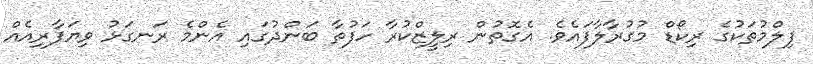
ފިލްމުތަކުގެ ރިކޯޑް މުގުރާލާފައެވެ. އެގޮތުން ރިލީޒްކުރާ ހަފުތާ ބަންދުގައި އެންމެ ރަނގަޅު ވިޔަފާރިއެއް